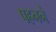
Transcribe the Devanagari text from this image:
पहननें